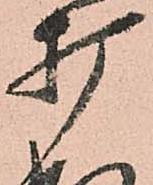
打